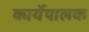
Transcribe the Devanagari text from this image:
कार्येपालक